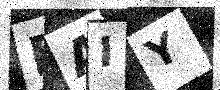
Text: FAIY